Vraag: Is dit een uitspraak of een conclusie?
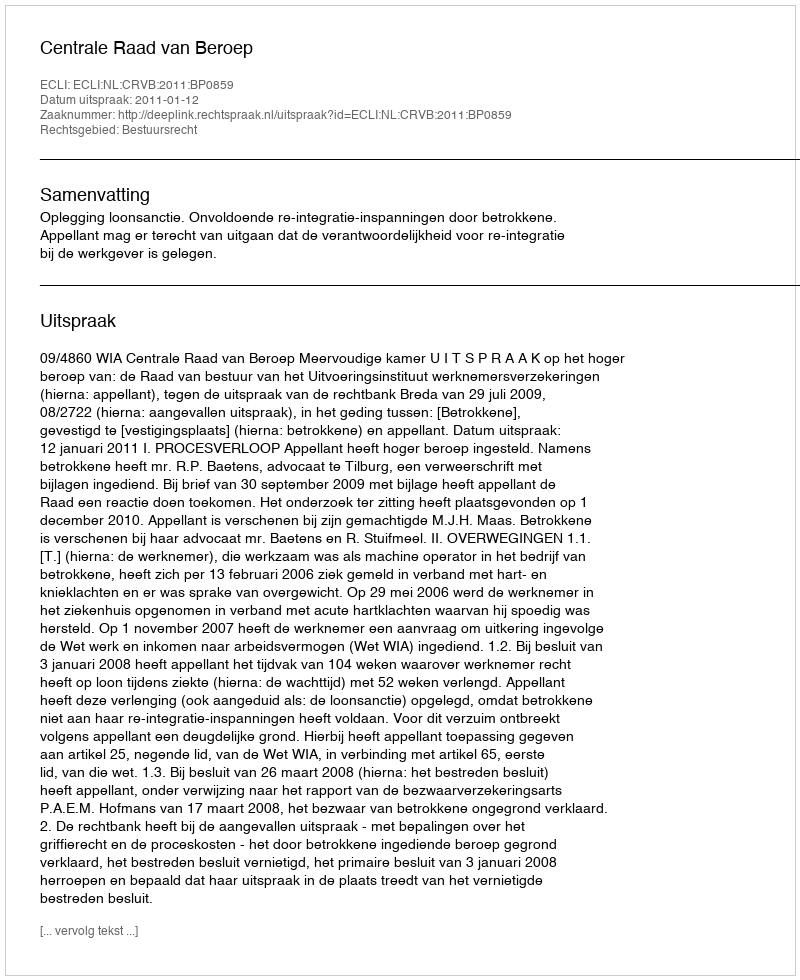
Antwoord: Uitspraak